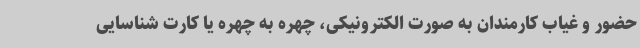
حضور و غیاب کارمندان به صورت الکترونیکی، چهره به چهره یا کارت شناسایی